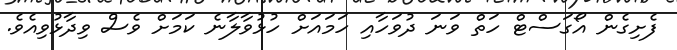
ފެށިގެން އޯގަސްޓް ހަތް ވަނަ ދުވަހާއި ހަމައަށް ހުޅުވާލާނެ ކަމަށް ވެސް ވިދާޅުވިއެވެ.